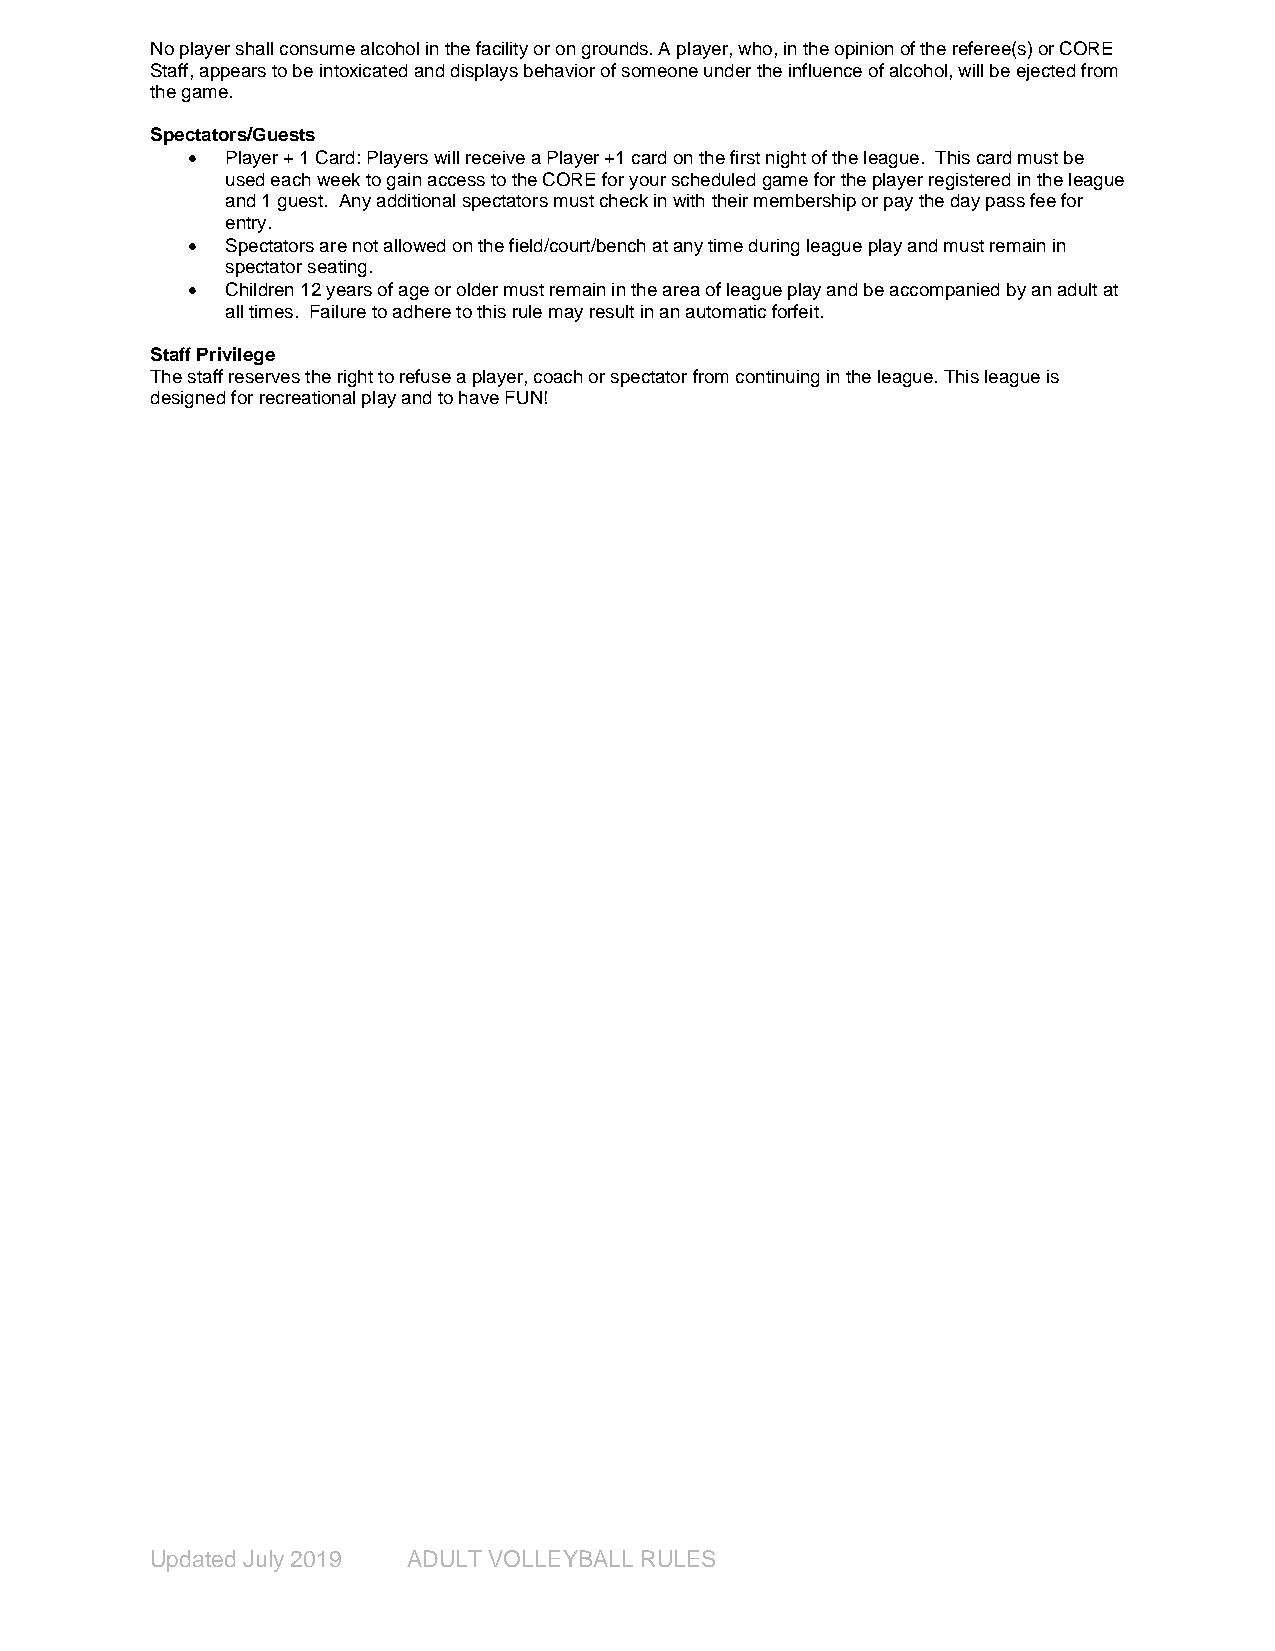
No player shall consume alcohol in the facility or on grounds. A player, who, in the opinion of the referee(s) or CORE
 Staff, appears to be intoxicated and displays behavior of someone under the influence of alcohol, will be ejected from
 the game.
 Spectators/Guests
   Player + 1 Card: Players will receive a Player +1 card on the first night of the league. This card must be
 used each week to gain access to the CORE for your scheduled game for the player registered in the league
 and 1 guest. Any additional spectators must check in with their membership or pay the day pass fee for
 entry.
   Spectators are not allowed on the field/court/bench at any time during league play and must remain in
 spectator seating.
   Children 12 years of age or older must remain in the area of league play and be accompanied by an adult at
 all times. Failure to adhere to this rule may result in an automatic forfeit.
 Staff Privilege
 The staff reserves the right to refuse a player, coach or spectator from continuing in the league. This league is
 designed for recreational play and to have FUN!
 Updated July 2019 ADULT VOLLEYBALL RULES